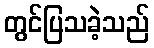
တွင်ပြသခဲ့သည်